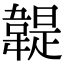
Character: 䪘